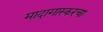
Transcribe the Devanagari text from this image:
मादागास्करचा